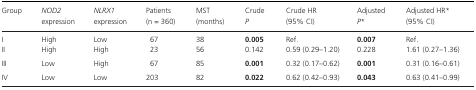
<table><thead><tr><td><b>Group</b></td><td><b><i>NOD2</i> expression</b></td><td><b><i>NLRX1</i> expression</b></td><td><b>Patients (n = 360)</b></td><td><b>MST (months)</b></td><td><b>Crude <i>P</i></b></td><td><b>Crude HR (95% CI)</b></td><td><b>Adjusted <i>P</i>*</b></td><td><b>Adjusted HR* (95% CI)</b></td></tr></thead><tbody><tr><td>I</td><td>High</td><td>Low</td><td>67</td><td>38</td><td><b>0.005</b></td><td>Ref.</td><td><b>0.007</b></td><td>Ref.</td></tr><tr><td>II</td><td>High</td><td>High</td><td>23</td><td>56</td><td>0.142</td><td>0.59 (0.29–1.20)</td><td>0.228</td><td>1.61 (0.27–1.36)</td></tr><tr><td>III</td><td>Low</td><td>High</td><td>67</td><td>85</td><td><b>0.001</b></td><td>0.32 (0.17–0.62)</td><td><b>0.001</b></td><td>0.31 (0.16–0.61)</td></tr><tr><td>IV</td><td>Low</td><td>Low</td><td>203</td><td>82</td><td><b>0.022</b></td><td>0.62 (0.42–0.93)</td><td><b>0.043</b></td><td>0.63 (0.41–0.99)</td></tr></tbody></table>